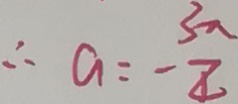
\therefore a = - \frac { 3 \pi } { 4 }